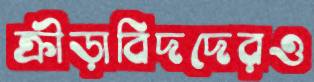
ক্রীড়াবিদদেরও